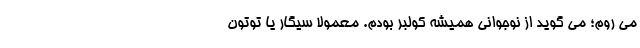
می روم؛ می گوید از نوجوانی همیشه کولبر بودم. معمولا سیگار یا توتون